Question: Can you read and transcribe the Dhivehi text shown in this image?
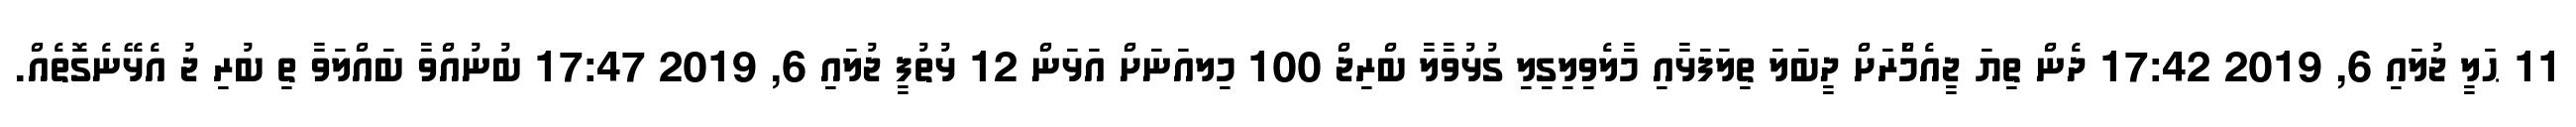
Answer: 11 ޙަލީ ޖުލައި 6, 2019 17:42 ދެން ތިޔަ ޖީއެމްެާރަށް ދީބަލަ ތިލަފަޅާއި މާލެވިލިގިލި ގުޅުވާލާ ބްރިޖް 100 މިލއަނަށް އަޅަން 12 ޅުތުފީ ޖުލައި 6, 2019 17:47 ބުނުއްވާ ބައްލަވާ ތި ބުރި ޖު އެޅޭނެގޮތެއް.